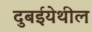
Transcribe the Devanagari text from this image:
दुबईयेथील